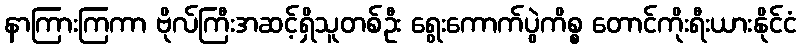
နာကြားကြကာ ဗိုလ်ကြီးအဆင့်ရှိသူတစ်ဦး ရွေးကောက်ပွဲကိစ္စ တောင်ကိုးရီးယားနိုင်ငံ